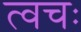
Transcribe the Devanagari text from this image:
त्वचः